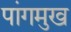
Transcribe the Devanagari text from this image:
पांगमुख